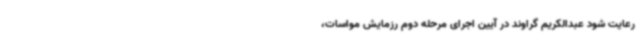
رعایت شود عبدالکریم گراوند در آیین اجرای مرحله دوم رزمایش مواسات،